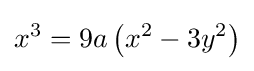
x^{3}=9a\left(x^{2}-3y^{2}\right)